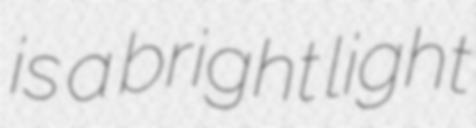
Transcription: is a bright light